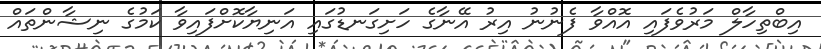
އިބްތިހާލް މަރުވެފައި އޮއްވާ ފެނުނު އިރު އޭނާގެ ހަށިގަނޑުގައި އަނިޔާކޮށްފައިވާ ކަމުގެ ނިޝާންތައް